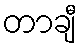
တာချီ